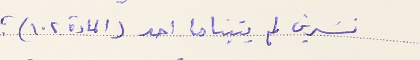
نسَرين لم يتبناها احد (المادة ١٠٢)؛